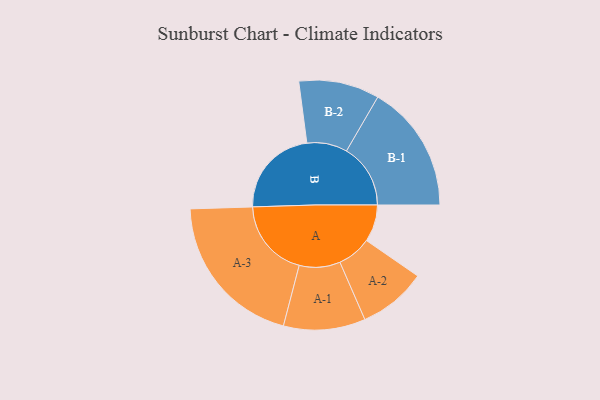
{"axis": {"x": "Segment", "y": "Value"}, "legend": ["", "A", "B"], "data": [{"x": "A", "y": 136, "type": ""}, {"x": "B", "y": 331, "type": ""}, {"x": "A-1", "y": 150, "type": "A"}, {"x": "A-2", "y": 125, "type": "A"}, {"x": "A-3", "y": 289, "type": "A"}, {"x": "B-1", "y": 235, "type": "B"}, {"x": "B-2", "y": 148, "type": "B"}]}